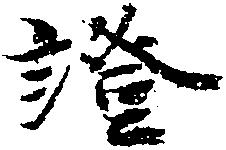
証